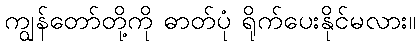
ကျွန်တော်တို့ကို ဓာတ်ပုံ ရိုက်ပေးနိုင်မလား။